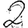
Digit: 2